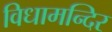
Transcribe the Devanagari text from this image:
विधामन्दिर